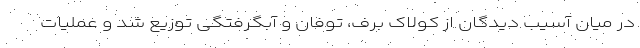
در میان آسیب دیدگان از کولاک برف، توفان و آبگرفتگی توزیع شد و عملیات